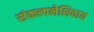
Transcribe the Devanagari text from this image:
संकल्पनेशिवाय